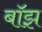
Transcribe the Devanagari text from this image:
बॉझ